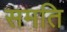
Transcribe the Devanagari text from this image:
समति